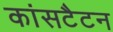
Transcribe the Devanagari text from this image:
कांसटैटन